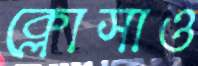
ক্লোসাও